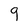
Character: 9